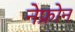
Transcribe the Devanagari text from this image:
नेफ्रोन